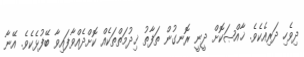
ދިވެހި ދަރިއެކެވެ. ޚާއްޞަކޮށް ދީނީ ރޮނގުން ތަފާތު ޚިދުމަތްތަކެއް ކޮށްދެއްވާފައިވާ ބޭފުޅެކެވެ. އޭނާ